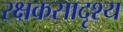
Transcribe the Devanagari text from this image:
रक्षकसादृश्य